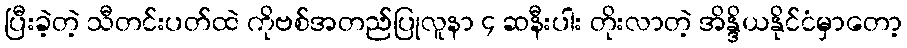
ပြီးခဲ့တဲ့ သီတင်းပတ်ထဲ ကိုဗစ်အတည်ပြုလူနာ ၄ ဆနီးပါး တိုးလာတဲ့ အိန္ဒိယနိုင်ငံမှာတော့